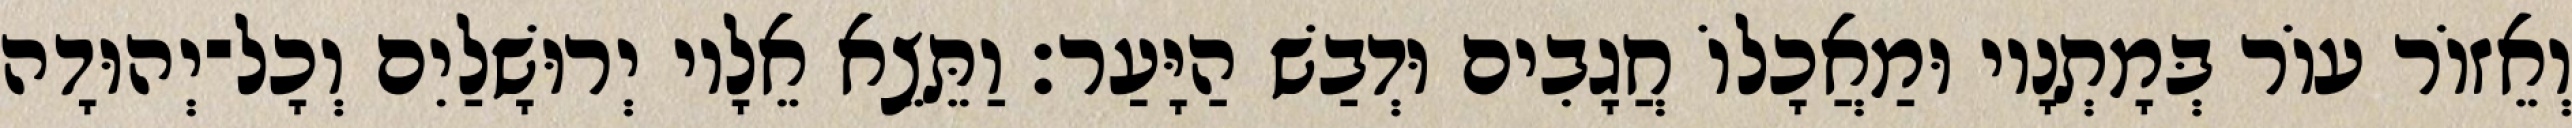
וְאֵזוֹר עוֹר בְּמָתְנָיו וּמַאֲכָלוֹ חֲגָבִים וּדְבַשׁ הַיָּעַר׃ וַתֵּצֵא אֵלָיו יְרוּשָׁלַיִם וְכָל־יְהוּדָה